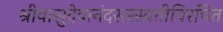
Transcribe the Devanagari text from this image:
श्रीवासुदेवानंदसरस्वतीविरचित